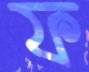
ফ